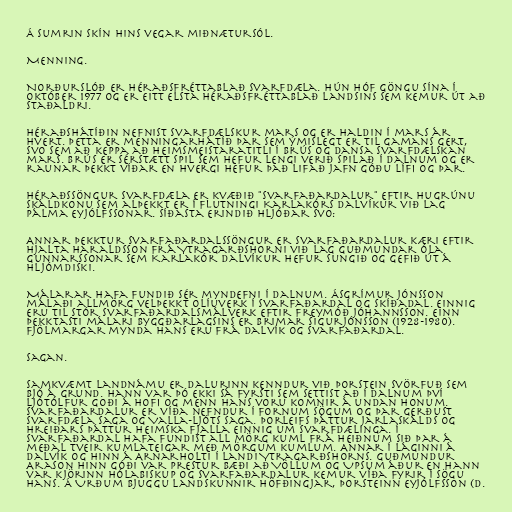
Á sumrin skín hins vegar miðnætursól.

Menning.

Norðurslóð er héraðsfréttablað Svarfdæla. Hún hóf göngu sína í
október 1977 og er eitt elsta héraðsfréttablað landsins sem kemur út að
staðaldri.

Héraðshátíðin nefnist Svarfdælskur mars og er haldin í mars ár
hvert. Þetta er menningarhátíð þar sem ýmislegt er til gamans gert,
svo sem að keppa að heimsmeistaratitli í brús og dansa Svarfdælskan
mars. Brús er sérstætt spil sem hefur lengi verið spilað í dalnum og er
raunar þekkt víðar en hvergi hefur það lifað jafn góðu lífi og þar.

Héraðssöngur Svarfdæla er kvæðið "Svarfaðardalur" eftir Hugrúnu
skáldkonu sem alþekkt er í flutningi Karlakórs Dalvíkur við lag
Pálma Eyjólfssonar. Síðasta erindið hljóðar svo:

Annar þekktur Svarfaðardalssöngur er Svarfaðardalur kæri eftir
Hjalta Haraldsson frá Ytragarðshorni við lag Guðmundar Óla
Gunnarssonar sem Karlakór Dalvíkur hefur sungið og gefið út á
hljómdiski.

Málarar hafa fundið sér myndefni í dalnum. Ásgrímur Jónsson
málaði allmörg velþekkt olíuverk í Svarfaðardal og Skíðadal. Einnig
eru til stór Svarfaðardalsmálverk eftir Freymóð Jóhannsson. Einn
þekktasti málari byggðarlagsins er Brimar Sigurjónsson (1928-1980).
Fjölmargar mynda hans eru frá Dalvík og Svarfaðardal.

Sagan.

Samkvæmt Landnámu er dalurinn kenndur við Þorstein svörfuð sem
bjó á Grund. Hann var þó ekki sá fyrsti sem settist að í dalnum því
Ljótólfur goði á Hofi og menn hans voru komnir á undan honum.
Svarfaðardalur er víða nefndur í fornum sögum og þar gerðust
Svarfdæla saga og Valla-Ljóts saga. Þorleifs þáttur jarlaskálds og
Hreiðars þáttur heimska fjalla einnig um Svarfdælinga. Í
Svarfaðardal hafa fundist all mörg kuml frá heiðnum sið þar á
meðal tveir kumlateigar með mörgum kumlum. Annar í Láginni á
Dalvík og hinn á Arnarholti í landi Ytragarðshorns. Guðmundur
Arason hinn góði var prestur bæði að Völlum og Upsum áður en hann
var kjörinn Hólabiskup og Svarfaðardalur kemur víða fyrir í sögu
hans. Á Urðum bjuggu landskunnir höfðingjar, Þorsteinn Eyjólfsson (d.